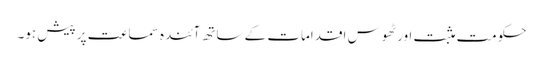
حکومت مثبت اور ٹھوس اقدامات کے ساتھ آئندہ سماعت پر پیش ہو۔